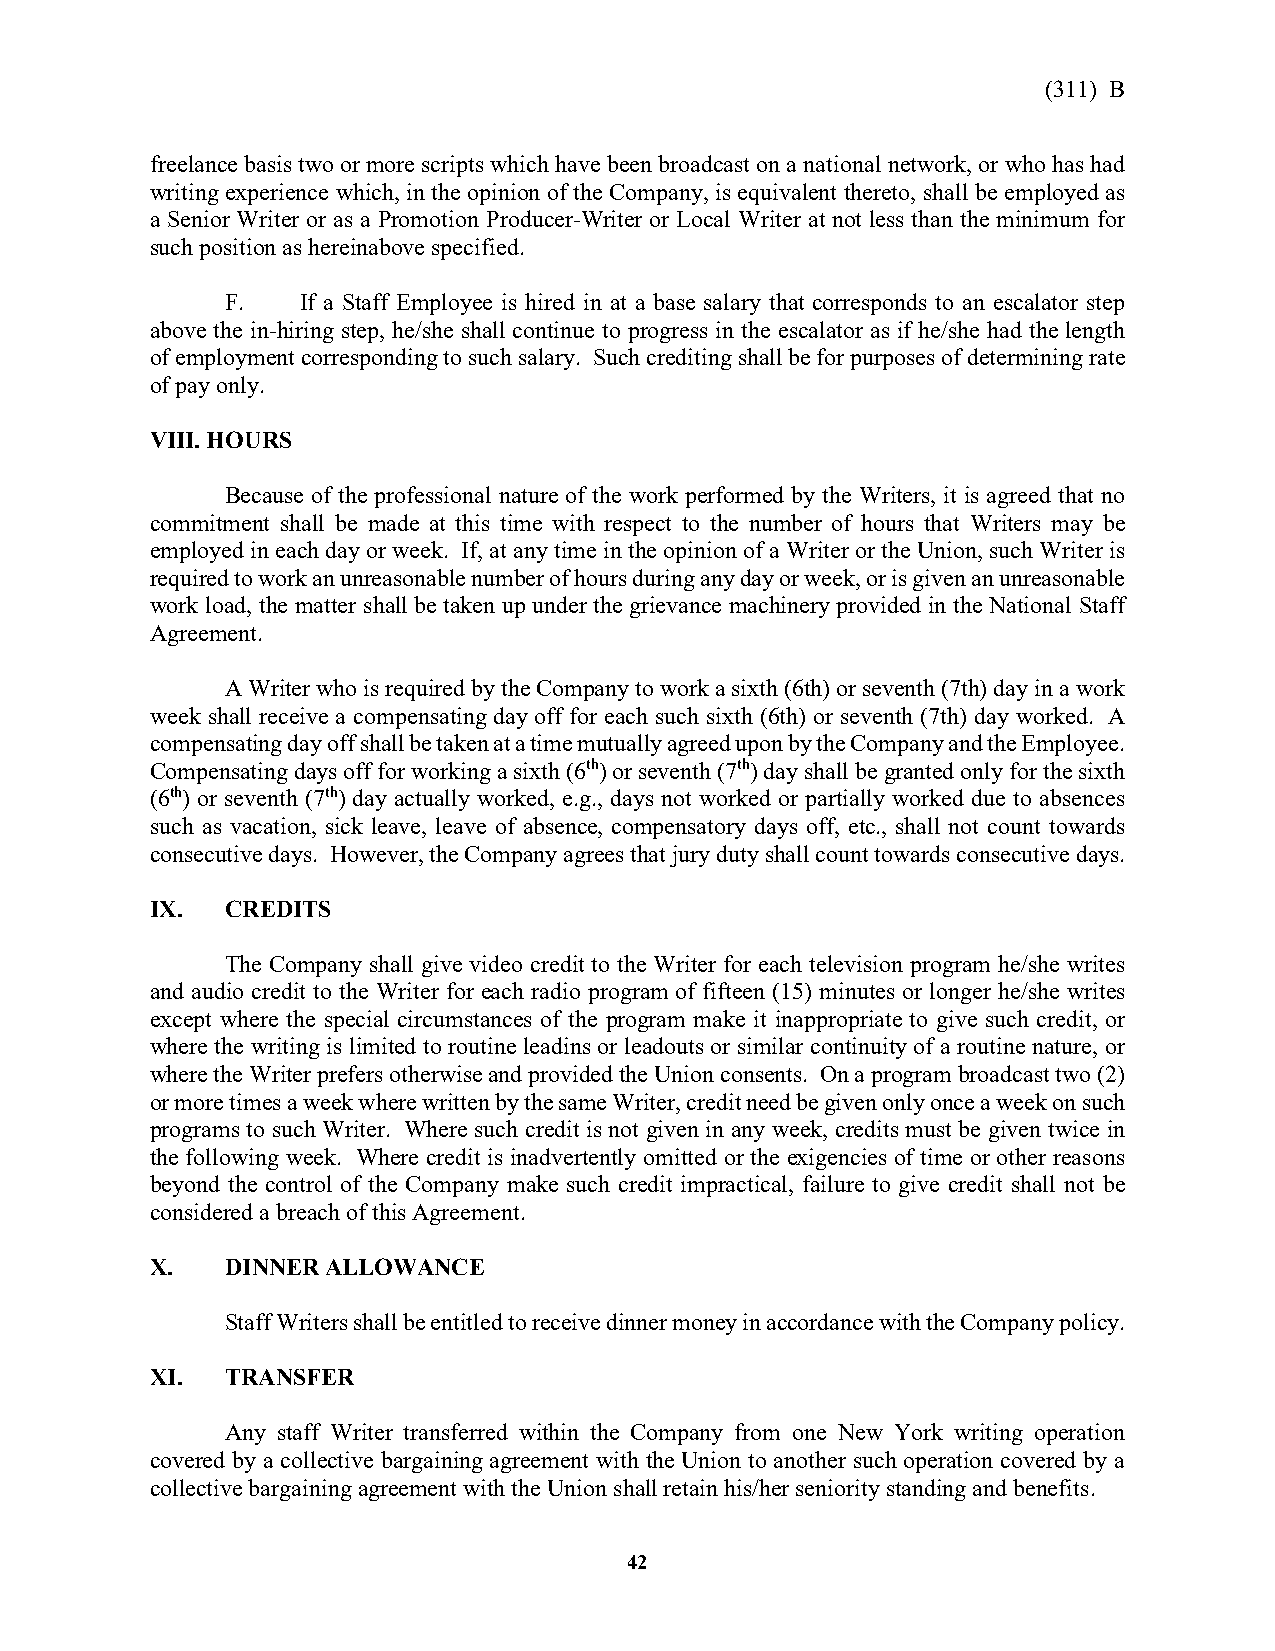
(311) B
 freelance basis two or more scripts which have been broadcast on a national network, or who has had
 writing experience which, in the opinion of the Company, is equivalent thereto, shall be employed as
 a Senior Writer or as a Promotion Producer-Writer or Local Writer at not less than the minimum for
 such position as hereinabove specified.
 F.   If a Staff Employee is hired in at a base salary that corresponds to an escalator step
 above the in-hiring step, he/she shall continue to progress in the escalator as if he/she had the length
 of employment corresponding to such salary. Such crediting shall be for purposes of determining rate
 of pay only.
 VIII. HOURS
 Because of the professional nature of the work performed by the Writers, it is agreed that no
 commitment shall be made at this time with respect to the number of hours that Writers may be
 employed in each day or week. If, at any time in the opinion of a Writer or the Union, such Writer is
 required to work an unreasonable number of hours during any day or week, or is given an unreasonable
 work load, the matter shall be taken up under the grievance machinery provided in the National Staff
 Agreement.
 A Writer who is required by the Company to work a sixth (6th) or seventh (7th) day in a work
 week shall receive a compensating day off for each such sixth (6th) or seventh (7th) day worked. A
 compensating day off shall be taken at a time mutually agreed upon by the Company and the Employee.
 Compensating days off for working a sixth (6th) or seventh (7th) day shall be granted only for the sixth
 (6th) or seventh (7th) day actually worked, e.g., days not worked or partially worked due to absences
 such as vacation, sick leave, leave of absence, compensatory days off, etc., shall not count towards
 consecutive days. However, the Company agrees that jury duty shall count towards consecutive days.
 IX.  CREDITS
 The Company shall give video credit to the Writer for each television program he/she writes
 and audio credit to the Writer for each radio program of fifteen (15) minutes or longer he/she writes
 except where the special circumstances of the program make it inappropriate to give such credit, or
 where the writing is limited to routine leadins or leadouts or similar continuity of a routine nature, or
 where the Writer prefers otherwise and provided the Union consents. On a program broadcast two (2)
 or more times a week where written by the same Writer, credit need be given only once a week on such
 programs to such Writer. Where such credit is not given in any week, credits must be given twice in
 the following week. Where credit is inadvertently omitted or the exigencies of time or other reasons
 beyond the control of the Company make such credit impractical, failure to give credit shall not be
 considered a breach of this Agreement.
 X.   DINNER ALLOWANCE
 Staff Writers shall be entitled to receive dinner money in accordance with the Company policy.
 XI.  TRANSFER
 Any staff Writer transferred within the Company from one New York writing operation
 covered by a collective bargaining agreement with the Union to another such operation covered by a
 collective bargaining agreement with the Union shall retain his/her seniority standing and benefits.
 42